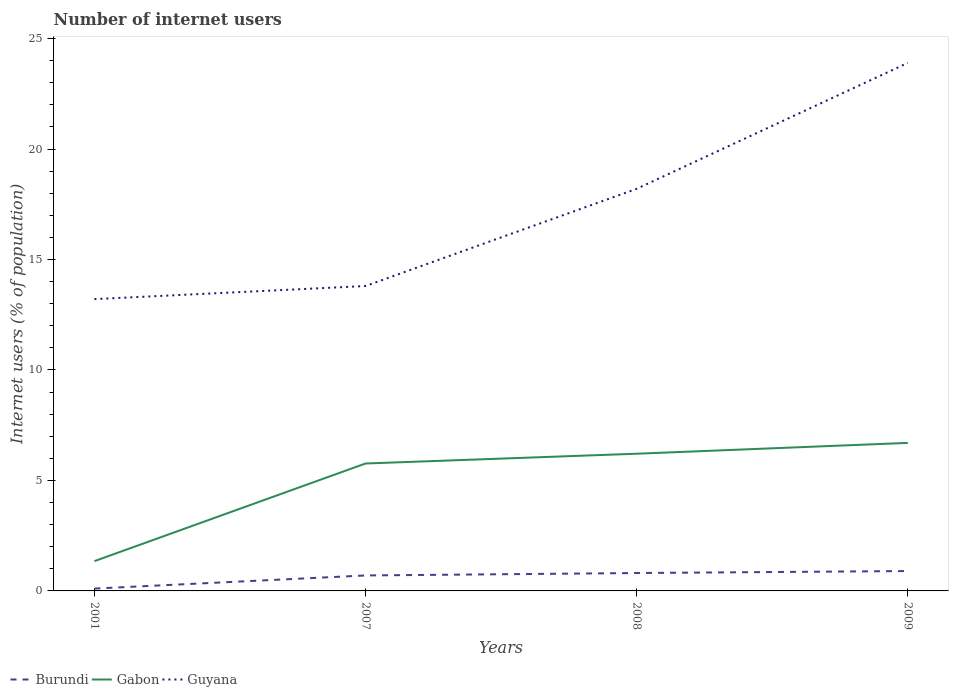
| Years | Burundi | Gabon | Guyana |
 | --- | --- | --- | --- |
 | 2001 | 0.106 | 1.35 | 13.2 |
 | 2007 | 0.7 | 5.77 | 13.8 |
 | 2008 | 0.81 | 6.21 | 18.2 |
 | 2009 | 0.9 | 6.7 | 23.9 |